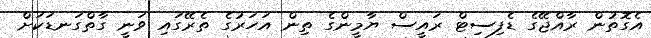
އެގޮތުން ރާއްޖޭގެ ޑެފިސިޓް ރައީސް ޔާމީންގެ ތިން އަހަރުގެ ތެރޭގައި ވަނީ ގާތްގަނޑަކަށް